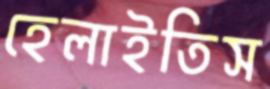
হেলাইতিস